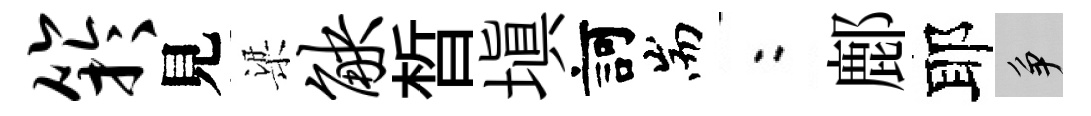
竽見梁觖晳塡訶耑欸鄜耶争